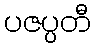
ပဇပ္ပတီ